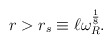
\begin{align*}r>r_s\equiv \ell \omega_R^{\frac{1}{8}}.\end{align*}